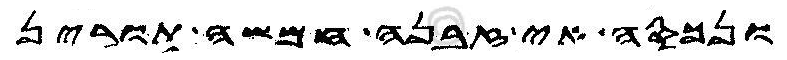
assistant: ונכסה אי זבנה חמשה תורין